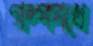
গল্পপথে